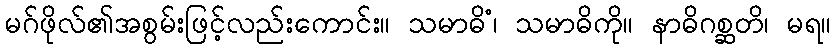
မဂ်ဖိုလ်၏အစွမ်းဖြင့်လည်းကောင်း။ သမာဓိံ၊ သမာဓိကို။ နာဓိဂစ္ဆတိ၊ မရ။